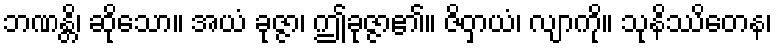
ဘဏန္တိ၊ ဆိုသော။ အယံ ခုဇ္ဇာ၊ ဤခုဇ္ဇာ၏။ ဇိဝှာယံ၊ လျာကို။ သုနိဿိတေန၊